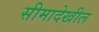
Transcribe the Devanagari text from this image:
सीमादेखील